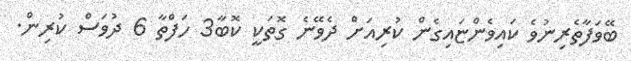
ބޭވަފާތެރިނުވެ ކައިވެންޏައިގެން ކުރިއަށް ދެވޭނެ ގޮތަކީ ކޮބާ3 ހަފްތާ 6 ދުވަސް ކުރިން.